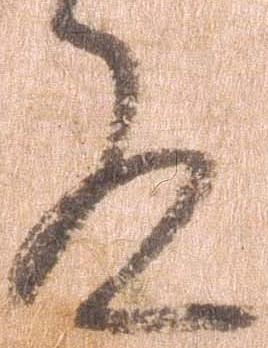
殿